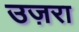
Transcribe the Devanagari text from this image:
उज़रा